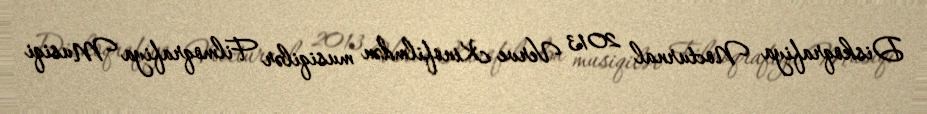
Diskoqrafiya Nocturnal 2013 Verve Kinofilmdən musiqilər Filmoqrafiya Musiqi